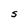
Character: S